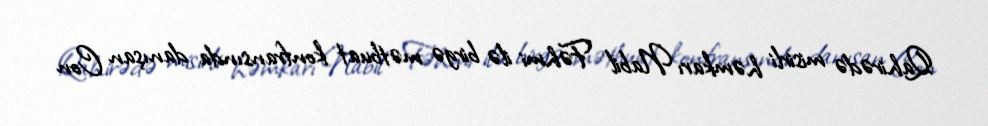
Qahirədə misirli həmkarı Nabil Fəhmi ilə birgə mətbuat konfransında danışan Con